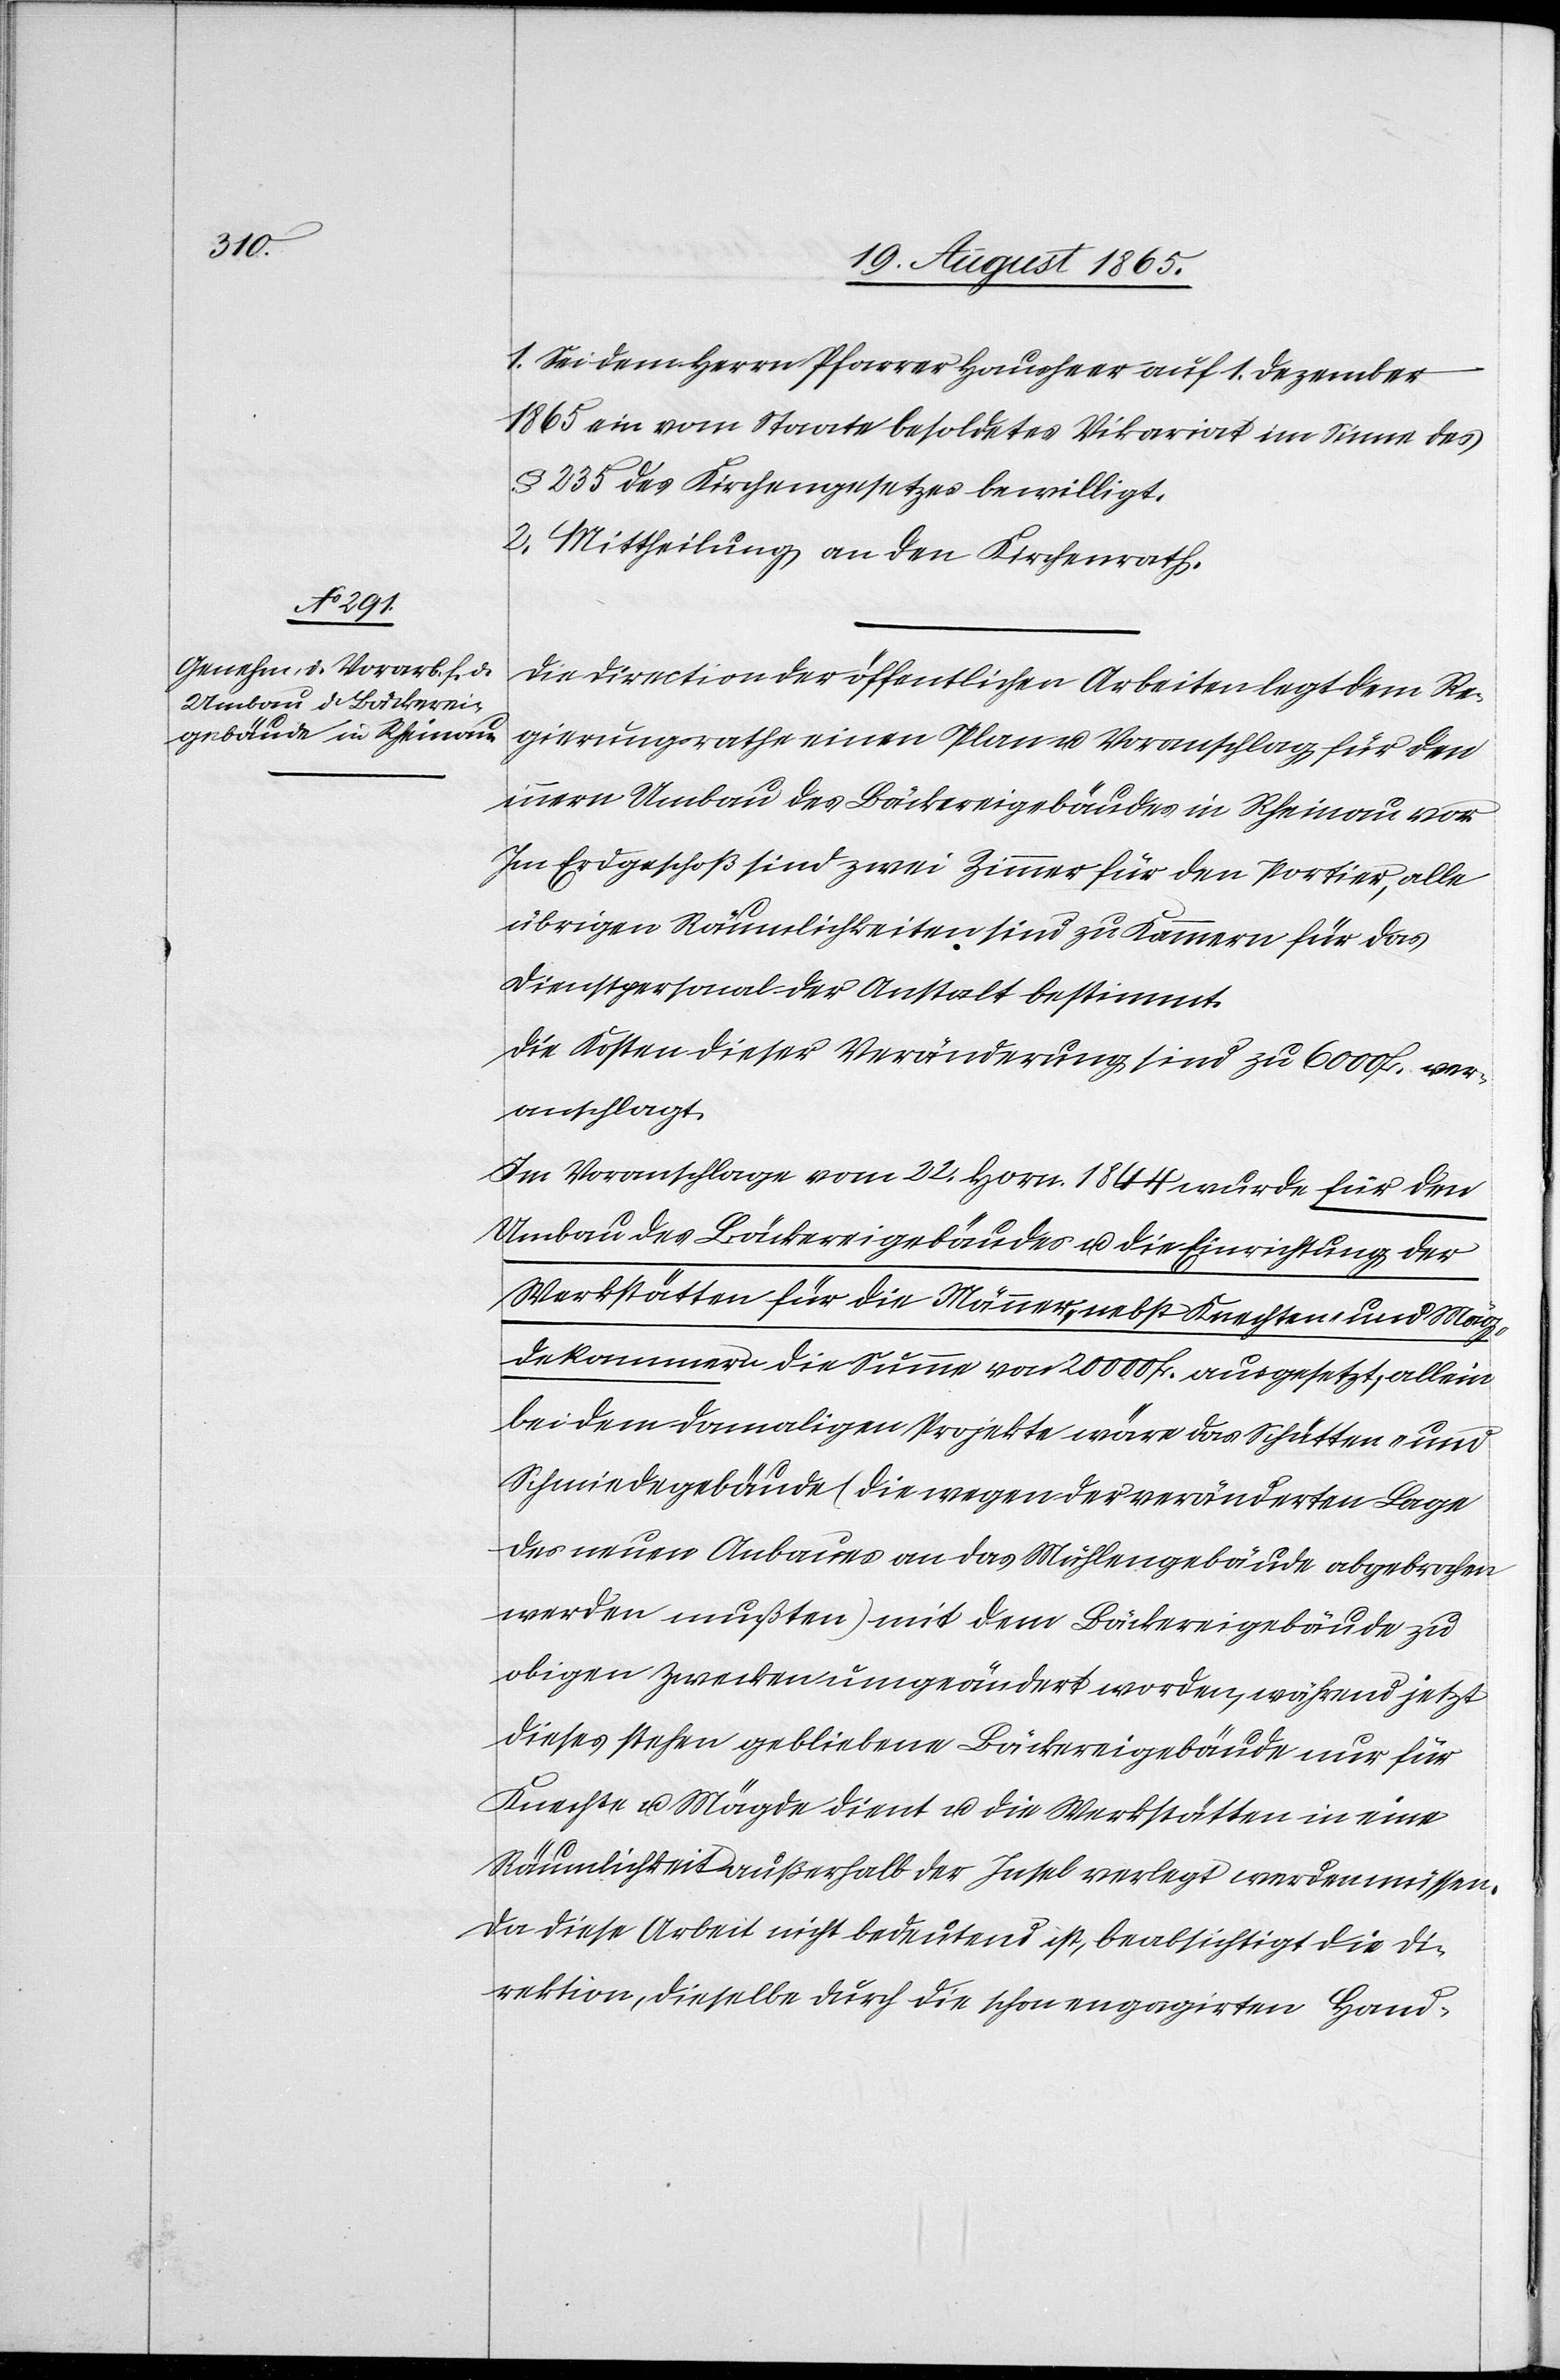
1. Sei dem Herrn Pfarrer Hausheer auf 1. Dezember
1865 ein vom Staate besoldetes Vikariat im Sinne des
§ 235 des Kirchengesetzes bewilligt.
2. Mittheilung an den Kirchenrath.
Die Direction der öffentlichen Arbeiten legt dem Re¬
gierungsrathe einen Plan u. Voranschlag für den
innern Umbau des Bäckereigebäudes in Rheinau vor.
Im Erdgeschoß sind zwei Zimmer für den Portier, alle
übrigen Räumlichkeiten sind zu Kammern für das
Dienstpersonal der Anstalt bestimmt.
Die Kosten dieser Veränderung sind zu 6000 fr. ver¬
anschlagt.
Im Voranschlage vom 22. Horn. 1844 wurde für den
Umbau des Bäckereigebäudes u. die Einrichtung der
Werkstätten für die Männer, nebst Knechten- und Mäg¬
dekammern die Summe von 20 000 fr. ausgesetzt, allein
bei dem damaligen Projekte wäre das Schütten- und
Schmiedegebäude (die wegen der veränderten Lage
des neuen Anbaues an das Mühlengebäude abgebrochen
werden mußten) mit dem Bäckereigebäude zu
obigen Zwecken umgeändert worden, während jetzt
dieses stehen gebliebene Bäckereigebäude nur für
Knechte u. Mägde dient u. die Werkstätten in eine
Räumlichkeit außerhalb der Insel verlegt werden müssen.
Da diese Arbeit nicht bedeutend ist, beabsichtigt die Di¬
rektion, dieselbe durch die engagirten Hand-